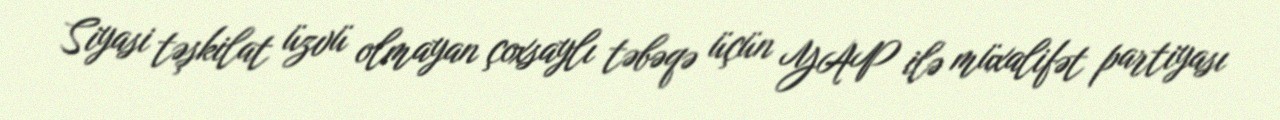
Siyasi təşkilat üzvü olmayan çoxsaylı təbəqə üçün YAP ilə müxalifət partiyası